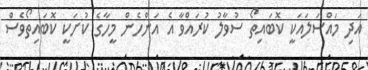
އަދި މައްސަލައަކީ ކޮބައިތޯ ސުވާލު ކުރައްވާ އެ އަންހެން މީހާގެ ކުށަކީ ކޮބައިތޯވެސް